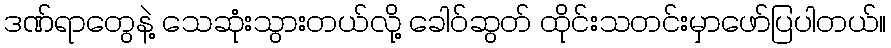
ဒဏ်ရာတွေနဲ့ သေဆုံးသွားတယ်လို့ ခေါဝ်ဆွတ် ထိုင်းသတင်းမှာဖော်ပြပါတယ်။